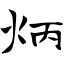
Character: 炳